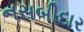
નસબીદાર